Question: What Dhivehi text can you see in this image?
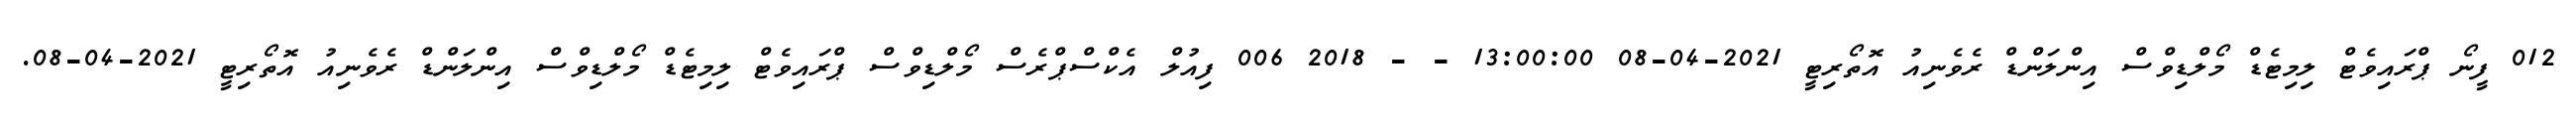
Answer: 012 ފީނޯ ޕްރައިވެޓް ލިމިޓެޑް މޯލްޑިވްސް އިންލަންޑް ރެވެނިއު އޮތޯރިޓީ 2021-04-08 13:00:00 - - 2018 006 ފިއުލް އެކްސްޕްރެސް މޯލްޑިވްސް ޕްރައިވެޓް ލިމިޓެޑް މޯލްޑިވްސް އިންލަންޑް ރެވެނިއު އޮތޯރިޓީ 2021-04-08.